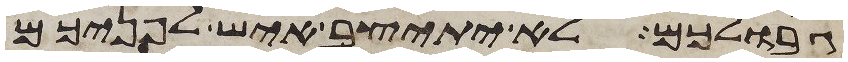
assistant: גבולכם לא יתיצב איש לפניכם